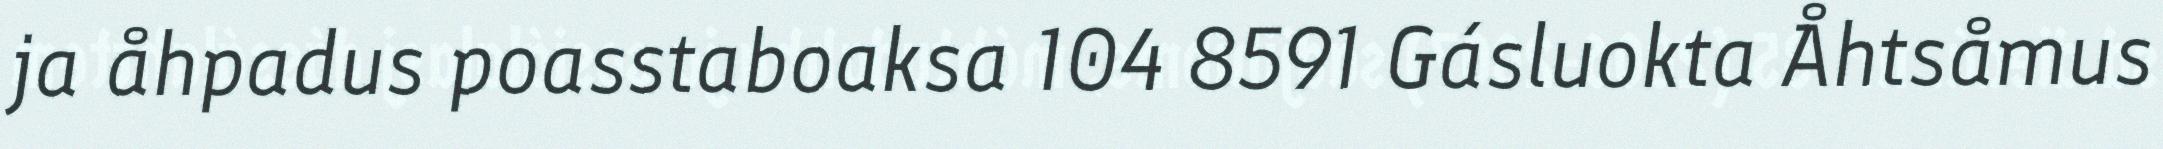
ja åhpadus poasstaboaksa 104 8591 Gásluokta Åhtsåmus